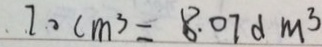
7 0 c m ^ { 3 } = 8 . 0 7 d m ^ { 3 }